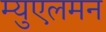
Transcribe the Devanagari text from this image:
म्युएलमन